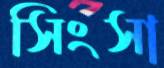
সিংসা